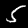
Digit: 5